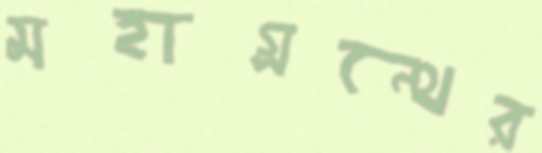
মহাগ্রন্থের